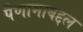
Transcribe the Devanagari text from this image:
पैणामाबद्दल